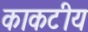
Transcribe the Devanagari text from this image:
काकटीय